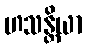
ဟသန္တိယာ